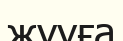
жууға